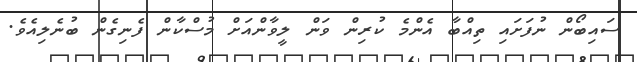
ސައިބޯން ނުފަށައި ތިއްބާ އެންމެ ކުރިން ވަން ލީވާންއަށް މުސްކާން ފެނިގެން ބުނެލިއެވެ.